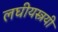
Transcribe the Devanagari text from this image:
लघीयस्त्रयी